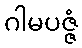
ဂါမပဇ္ဇံ